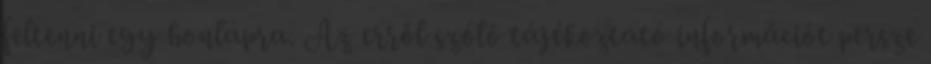
feltenni egy honlapra. Az erről szóló tájékoztató információt persze